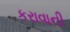
કરાવાની